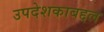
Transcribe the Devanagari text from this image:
उपदेशकाबद्दल